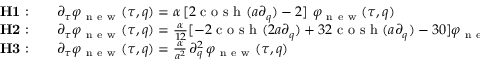
\begin{array} { r l } { { \bf H 1 : } } & { { } \quad \partial _ { \tau } \varphi _ { \mathrm { ~ n ~ e ~ w ~ } } ( \tau , q ) = \alpha \, [ 2 \mathrm { ~ c ~ o ~ s ~ h ~ } ( a \partial _ { q } ) - 2 ] \ \varphi _ { \mathrm { ~ n ~ e ~ w ~ } } ( \tau , q ) } \\ { { \bf H 2 : } } & { { } \quad \partial _ { \tau } \varphi _ { \mathrm { ~ n ~ e ~ w ~ } } ( \tau , q ) = \frac { \alpha } { 1 2 } [ - 2 \mathrm { ~ c ~ o ~ s ~ h ~ } ( 2 a \partial _ { q } ) + 3 2 \mathrm { ~ c ~ o ~ s ~ h ~ } ( a \partial _ { q } ) - 3 0 ] \varphi _ { \mathrm { ~ n ~ e ~ w ~ } } ( \tau , q ) } \\ { { \bf H 3 : } } & { { } \quad \partial _ { \tau } \varphi _ { \mathrm { ~ n ~ e ~ w ~ } } ( \tau , q ) = \frac { \alpha } { a ^ { 2 } } \, \partial _ { q } ^ { 2 } \, \varphi _ { \mathrm { ~ n ~ e ~ w ~ } } ( \tau , q ) } \end{array}